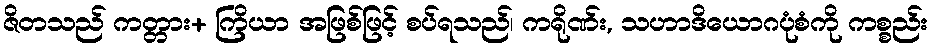
ဇိတသည် ကတ္တား+ ကြိယာ အဖြစ်ဖြင့် စပ်ရသည်၊ ကရိုဏ်း, သဟာဒိယောဂပုံစံကို ကစ္စည်း